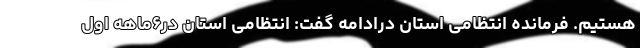
هستیم. فرمانده انتظامی استان درادامه گفت: انتظامی استان در۶ماهه اول